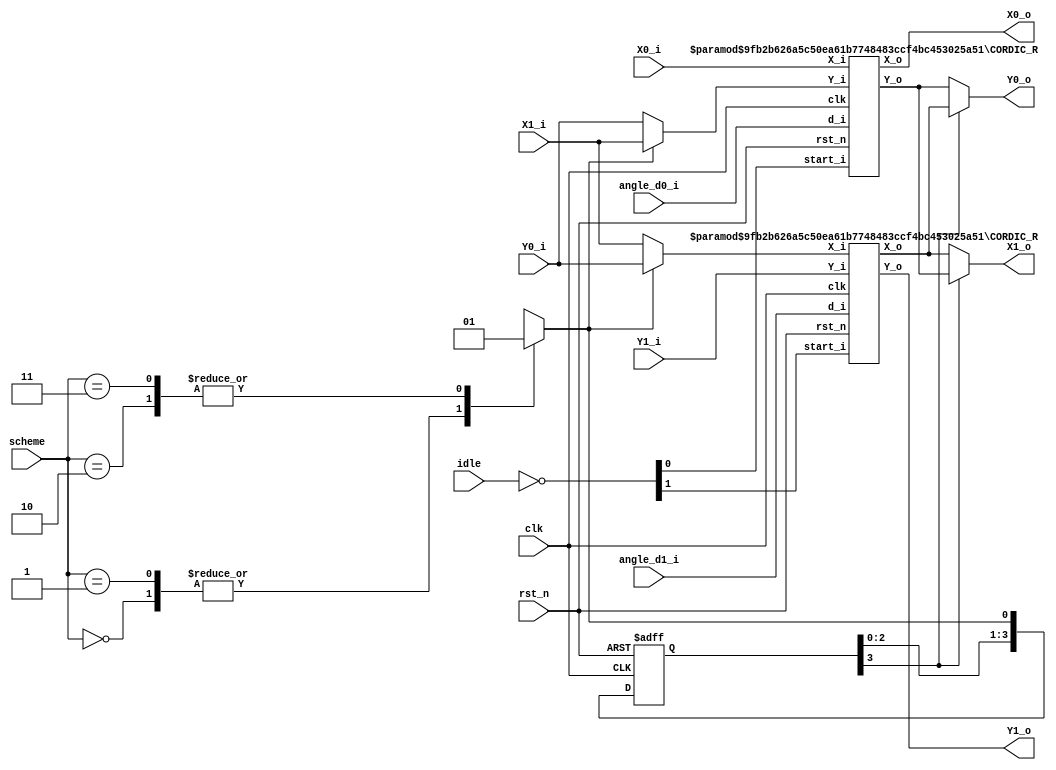
module PE_R(
    clk,
    rst_n,
    idle,
    scheme,

    X0_i,
    Y0_i,
    X1_i,
    Y1_i,
    angle_d0_i,
    angle_d1_i,

    X0_o,
    Y0_o,
    X1_o,
    Y1_o,


    //out_valid

);

    parameter BITWIDTH   = 18;
    parameter CORDIC_NUM = 14;
    localparam PIPE_NUM  = 4;

    localparam SCHEME0 = 2'b00;
    localparam SCHEME1 = 2'b01;
    localparam SCHEME2 = 2'b10;
    localparam SCHEME3 = 2'b11;

    input clk;
    input rst_n;
    input [1:0] idle;
    input [1:0] scheme;

    input signed [BITWIDTH-1:0] X0_i;
    input signed [BITWIDTH-1:0] Y0_i;
    input signed [BITWIDTH-1:0] X1_i;
    input signed [BITWIDTH-1:0] Y1_i;
    input [CORDIC_NUM-1:0] angle_d0_i, angle_d1_i;

    output signed [BITWIDTH-1:0] X0_o;
    output signed [BITWIDTH-1:0] Y0_o;
    output signed [BITWIDTH-1:0] X1_o;
    output signed [BITWIDTH-1:0] Y1_o;


    //output out_valid;



    wire COR_start_0, COR_start_1;
    wire signed [BITWIDTH-1:0] COR_Xin_0, COR_Xin_1;
    wire signed [BITWIDTH-1:0] COR_Yin_0, COR_Yin_1;
    wire [CORDIC_NUM-1:0] COR_din_0, COR_din_1;
    wire signed [BITWIDTH-1:0] COR_Xout_0, COR_Xout_1;
    wire signed [BITWIDTH-1:0] COR_Yout_0, COR_Yout_1;
    reg COR_mode_0, COR_mode_1;

    reg [PIPE_NUM-1:0] isswap, isswap_n;

    integer i;

    assign {COR_start_1, COR_start_0} = (~idle);
    assign COR_Xin_0 = X0_i;
    assign COR_Yin_0 = (isswap_n[0])? X1_i : Y0_i;
    assign COR_Xin_1 = (isswap_n[0])? Y0_i : X1_i;
    assign COR_Yin_1 = Y1_i;
    assign COR_din_0 = angle_d0_i;
    assign COR_din_1 = angle_d1_i;


    assign X0_o = COR_Xout_0;
    assign Y0_o = (isswap[PIPE_NUM-1])?  COR_Xout_1 : COR_Yout_0;
    assign X1_o = (isswap[PIPE_NUM-1])?  COR_Yout_0 : COR_Xout_1;
    assign Y1_o = COR_Yout_1;

    CORDIC_R #(BITWIDTH,CORDIC_NUM) CORDIC0(
        .clk(clk),   
        .rst_n(rst_n),
        .start_i(COR_start_0),
        .X_i(COR_Xin_0),
        .Y_i(COR_Yin_0),
        .d_i(COR_din_0),
        .X_o(COR_Xout_0),
        .Y_o(COR_Yout_0)
    );

    CORDIC_R #(BITWIDTH,CORDIC_NUM) CORDIC1(
        .clk(clk),   
        .rst_n(rst_n),
        .start_i(COR_start_1),
        .X_i(COR_Xin_1),
        .Y_i(COR_Yin_1),
        .d_i(COR_din_1),
        .X_o(COR_Xout_1),
        .Y_o(COR_Yout_1)
    );



    always @(*) begin
        case(scheme)
            SCHEME0: begin
                isswap_n[0] = 0;
                COR_mode_0 = 0;
                COR_mode_1 = 0;
            end
            SCHEME1: begin
                isswap_n[0] = 0;
                COR_mode_0 = 1;
                COR_mode_1 = 1;
            end
            SCHEME2: begin
                isswap_n[0] = 1;
                COR_mode_0 = 0;
                COR_mode_1 = 1;
            end
            SCHEME3: begin
                isswap_n[0] = 1;
                COR_mode_0 = 1;
                COR_mode_1 = 1;
            end
        endcase

        for(i=1;i<PIPE_NUM;i=i+1) begin
            isswap_n[i] = isswap[i-1];
        end
 
    end

    always @(posedge clk or negedge rst_n) begin
        if(~rst_n) begin
            for(i=0;i<PIPE_NUM;i=i+1) begin
                isswap[i] <= 0;
            end
        end 
        else begin
            for(i=0;i<PIPE_NUM;i=i+1) begin
                isswap[i] <= isswap_n[i];
            end
        end
    end

    
endmodule // PE


module CORDIC_R(
    // Input
    clk,   
    rst_n,
    start_i,
    X_i,
    Y_i,
    d_i,
    // Output
    X_o,
    Y_o,
);
    
    parameter BITWIDTH   = 18;
    parameter CORDIC_NUM = 14;
    localparam PIPE_NUM  = 4;

    localparam VECTOR = 1'b0;
    localparam ROTATE = 1'b1;

    localparam K = 15'b010011011011101;

    input clk;
    input rst_n;

    input start_i;
    input signed [BITWIDTH-1:0] X_i; 
    input signed [BITWIDTH-1:0] Y_i;
    input wire [CORDIC_NUM-1:0] d_i; 
    
    output signed [BITWIDTH-1:0] X_o; 
    output signed [BITWIDTH-1:0] Y_o;

    // Register
    reg signed [BITWIDTH:0] X_reg   [0:PIPE_NUM-1];
    reg signed [BITWIDTH:0] X_reg_n [0:PIPE_NUM-1];
    reg signed [BITWIDTH:0] Y_reg   [0:PIPE_NUM-1];
    reg signed [BITWIDTH:0] Y_reg_n [0:PIPE_NUM-1];
    reg signed [BITWIDTH:0] X_tmp   [0:CORDIC_NUM-PIPE_NUM];
    reg signed [BITWIDTH:0] Y_tmp   [0:CORDIC_NUM-PIPE_NUM];

    wire signed [15+BITWIDTH-1:0] scaling_X, scaling_Y;

    integer i;

    assign scaling_X = $signed(X_reg[PIPE_NUM-2]) * $signed(K);
    assign scaling_Y = $signed(Y_reg[PIPE_NUM-2]) * $signed(K);
    assign X_o = X_reg[PIPE_NUM-1][BITWIDTH-1:0];
    assign Y_o = Y_reg[PIPE_NUM-1][BITWIDTH-1:0];

    always @(*) begin


        if(d_i[0]) begin
            X_tmp[0] = X_i - Y_i;
            Y_tmp[0] = Y_i + X_i;
        end
        else begin
            X_tmp[0] = X_i + Y_i;
            Y_tmp[0] = Y_i - X_i;
        end

    	for(i=1;i<3;i=i+1) begin
            if(d_i[i]) begin
                X_tmp[i] = X_tmp[i-1] - (Y_tmp[i-1] >>> i);
                Y_tmp[i] = Y_tmp[i-1] + (X_tmp[i-1] >>> i);
            end
            else begin
                X_tmp[i] = X_tmp[i-1] + (Y_tmp[i-1] >>> i);
                Y_tmp[i] = Y_tmp[i-1] - (X_tmp[i-1] >>> i);
            end
        end

    	if(d_i[3]) begin
            X_reg_n[0] = X_tmp[2] - (Y_tmp[2] >>> 3);
            Y_reg_n[0] = Y_tmp[2] + (X_tmp[2] >>> 3);
        end
        else begin
            X_reg_n[0] = X_tmp[2] + (Y_tmp[2] >>> 3);
            Y_reg_n[0] = Y_tmp[2] - (X_tmp[2] >>> 3);
        end

        if(d_i[4]) begin
            X_tmp[3] = X_reg[0] - (Y_reg[0] >>> 4);
            Y_tmp[3] = Y_reg[0] + (X_reg[0] >>> 4);
        end
        else begin
            X_tmp[3] = X_reg[0] + (Y_reg[0] >>> 4);
            Y_tmp[3] = Y_reg[0] - (X_reg[0] >>> 4);
        end

    	for(i=4;i<7;i=i+1) begin
            if(d_i[i+1]) begin
                X_tmp[i] = X_tmp[i-1] - (Y_tmp[i-1] >>> i+1);
                Y_tmp[i] = Y_tmp[i-1] + (X_tmp[i-1] >>> i+1);
            end
            else begin
                X_tmp[i] = X_tmp[i-1] + (Y_tmp[i-1] >>> i+1);
                Y_tmp[i] = Y_tmp[i-1] - (X_tmp[i-1] >>> i+1);
            end
        end

    	if(d_i[8]) begin
            X_reg_n[1] = X_tmp[6] - (Y_tmp[6] >>> 8);
            Y_reg_n[1] = Y_tmp[6] + (X_tmp[6] >>> 8);
        end
        else begin
            X_reg_n[1] = X_tmp[6] + (Y_tmp[6] >>> 8);
            Y_reg_n[1] = Y_tmp[6] - (X_tmp[6] >>> 8);
        end




        if(d_i[9]) begin
            X_tmp[7] = X_reg[1] - (Y_reg[1] >>> 9);
            Y_tmp[7] = Y_reg[1] + (X_reg[1] >>> 9);
        end
        else begin
            X_tmp[7] = X_reg[1] + (Y_reg[1] >>> 9);
            Y_tmp[7] = Y_reg[1] - (X_reg[1] >>> 9);
        end

    	for(i=8;i<11;i=i+1) begin
            if(d_i[i+2]) begin
                X_tmp[i] = X_tmp[i-1] - (Y_tmp[i-1] >>> i+2);
                Y_tmp[i] = Y_tmp[i-1] + (X_tmp[i-1] >>> i+2);
            end
            else begin
                X_tmp[i] = X_tmp[i-1] + (Y_tmp[i-1] >>> i+2);
                Y_tmp[i] = Y_tmp[i-1] - (X_tmp[i-1] >>> i+2);
            end
        end

    	if(d_i[13]) begin
            X_reg_n[2] = X_tmp[10] - (Y_tmp[10] >>> 13);
            Y_reg_n[2] = Y_tmp[10] + (X_tmp[10] >>> 13);
        end
        else begin
            X_reg_n[2] = X_tmp[10] + (Y_tmp[10] >>> 13);
            Y_reg_n[2] = Y_tmp[10] - (X_tmp[10] >>> 13);
        end



        X_reg_n[PIPE_NUM-1] = {1'b0,{scaling_X[15+BITWIDTH-1], scaling_X[15+BITWIDTH-3:BITWIDTH-4]}};//+ scaling_X[BITWIDTH-5]};
        Y_reg_n[PIPE_NUM-1] = {1'b0,{scaling_Y[15+BITWIDTH-1], scaling_Y[15+BITWIDTH-3:BITWIDTH-4]}};//+ scaling_Y[BITWIDTH-5]};
    end



    always @(posedge clk or negedge rst_n) begin
        if(~rst_n) begin
            for(i=0;i<PIPE_NUM;i=i+1) begin
                X_reg[i] <= 0;
                Y_reg[i] <= 0;
            end
        end 
        else begin
            for(i=0;i<PIPE_NUM;i=i+1) begin
                X_reg[i] <= X_reg_n[i];
                Y_reg[i] <= Y_reg_n[i];
            end
        end
    end

endmodule